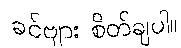
ခင်ဗျား စိတ်ချပါ။